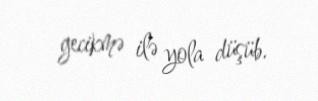
gecikmə ilə yola düşüb.